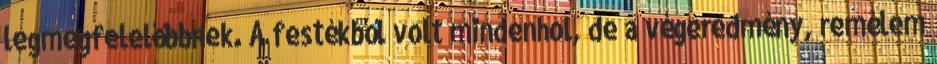
legmegfelelőbbnek. A festékből volt mindenhol, de a végeredmény, remélem